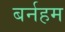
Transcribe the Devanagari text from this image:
बर्नहम